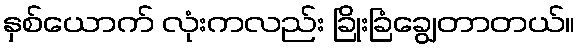
နှစ်ယောက် လုံးကလည်း ခြိုးခြံချွေတာတယ်။